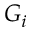
G _ { i }